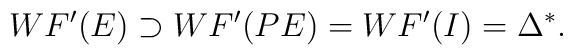
WF'(E)\supset WF'(PE) =WF'(I) =\Delta^\ast.